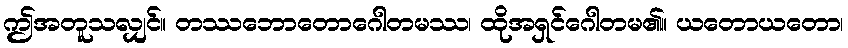
ဤအတူသလျှင်။ တဿဘောတောဂေါတမဿ၊ ထိုအရှင်ဂေါတမ၏။ ယတောယတော၊